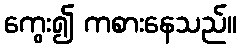
ကွေး၍ ကစားနေသည်။